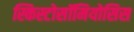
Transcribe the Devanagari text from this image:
स्किस्टोसॉमियोसिस